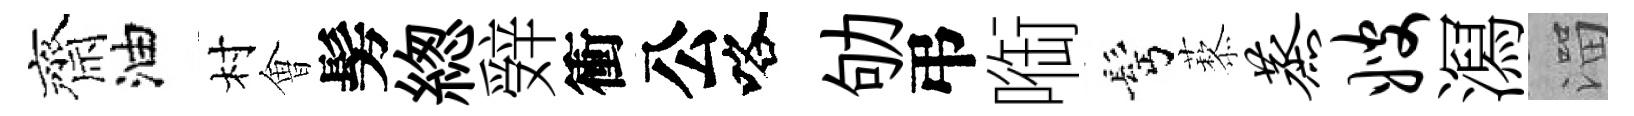
齊油村㑹髣緫辤衝公咯劬弔㗸髩藜蒸嫂㵼溜